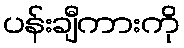
ပန်းချီကားကို